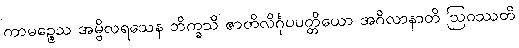
ကာမဉ္စေသ အမ္ဗိလရသေန ဘိက္ခသိ ဇာတိလိင်္ဂုပပတ္တိယော အဂိလာနာတိ ဩဝဿတိ